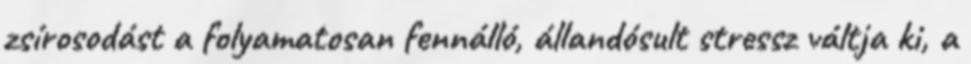
zsírosodást a folyamatosan fennálló, állandósult stressz váltja ki, a